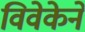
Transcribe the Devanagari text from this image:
विवेकेने